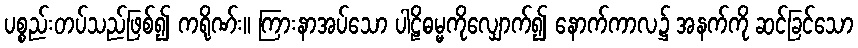
ပစ္စည်းတပ်သည်ဖြစ်၍ ကရိုဏ်း။ ကြားနာအပ်သော ပါဠိဓမ္မကိုလျှောက်၍ နောက်ကာလ၌ အနက်ကို ဆင်ခြင်သော